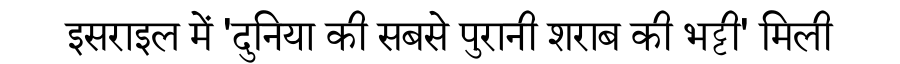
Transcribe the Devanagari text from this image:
इसराइल में 'दुनिया की सबसे पुरानी शराब की भट्टी' मिली